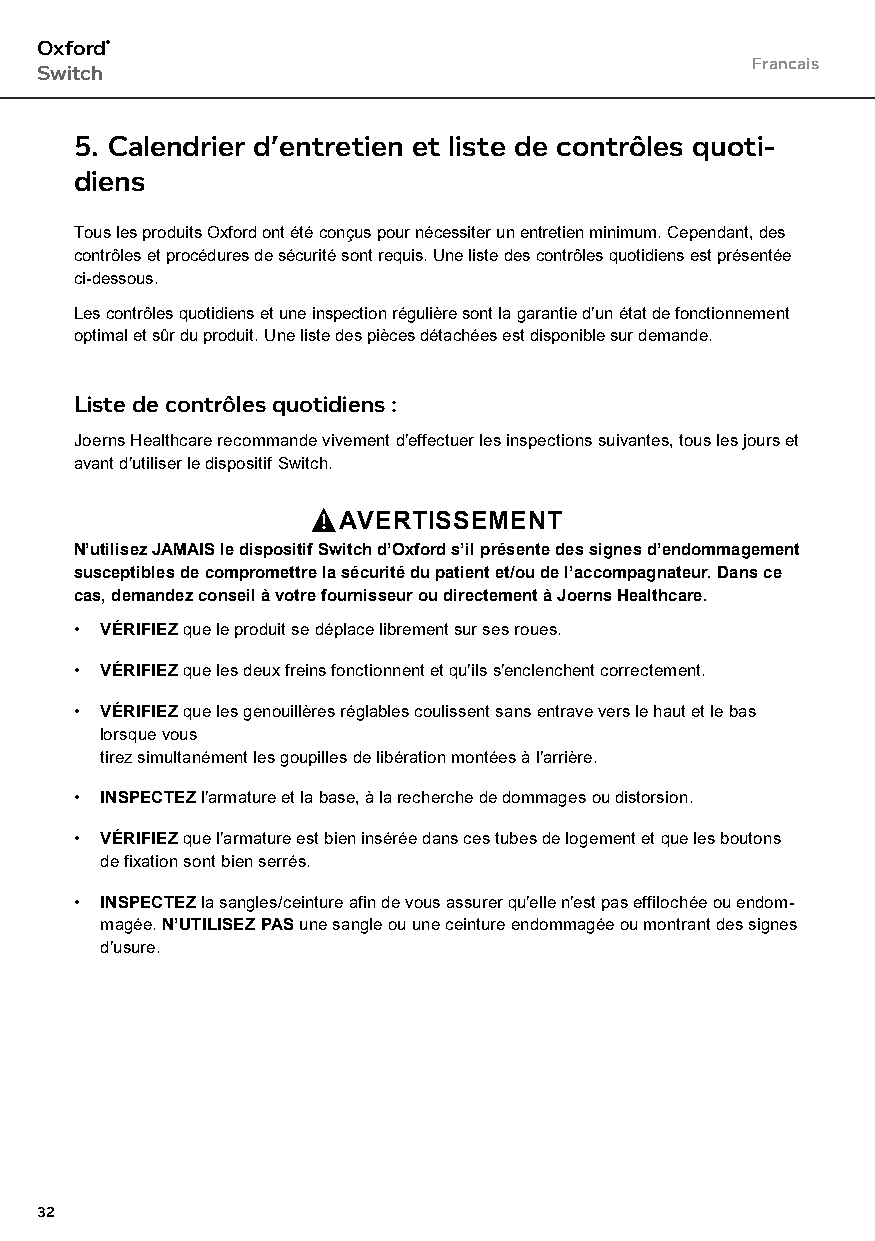
Oxford®
 Francais
 Switch
 5. Calendrier d’entretien et liste de contrôles quoti-
 diens
 Tous les produits Oxford ont été conçus pour nécessiter un entretien minimum. Cependant, des
 contrôles et procédures de sécurité sont requis. Une liste des contrôles quotidiens est présentée
 ci-dessous.
 Les contrôles quotidiens et une inspection régulière sont la garantie d’un état de fonctionnement
 optimal et sûr du produit. Une liste des pièces détachées est disponible sur demande.
 Liste de contrôles quotidiens :
 Joerns Healthcare recommande vivement d’effectuer les inspections suivantes, tous les jours et
 avant d’utiliser le dispositif Switch.
 AVERTISSEMENT
 N’utilisez JAMAIS le dispositif Switch d’Oxford s’il présente des signes d’endommagement
 susceptibles de compromettre la sécurité du patient et/ou de l’accompagnateur. Dans ce
 cas, demandez conseil à votre fournisseur ou directement à Joerns Healthcare.
 • VÉRIFIEZ que le produit se déplace librement sur ses roues.
 • VÉRIFIEZ que les deux freins fonctionnent et qu’ils s’enclenchent correctement.
 • VÉRIFIEZ que les genouillères réglables coulissent sans entrave vers le haut et le bas
 lorsque vous
 tirez simultanément les goupilles de libération montées à l’arrière.
 • INSPECTEZ l’armature et la base, à la recherche de dommages ou distorsion.
 • VÉRIFIEZ que l’armature est bien insérée dans ces tubes de logement et que les boutons
 de fixation sont bien serrés.
 • INSPECTEZ la sangles/ceinture afin de vous assurer qu’elle n’est pas effilochée ou endom-
 magée. N’UTILISEZ PAS une sangle ou une ceinture endommagée ou montrant des signes
 d’usure.
 32